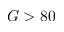
G > 8 0